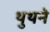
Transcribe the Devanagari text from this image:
थुथने